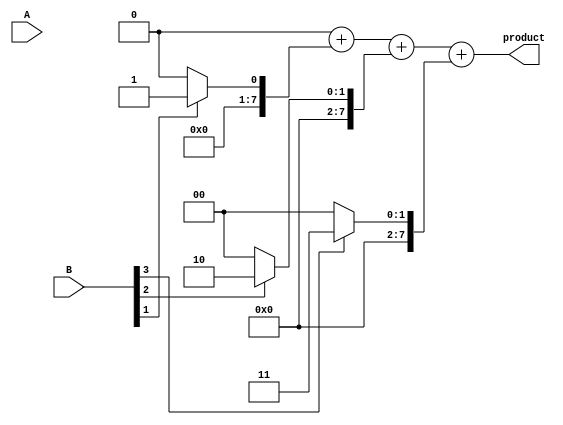
module radix2_multiplier #(parameter N = 4) (
    input  wire [N-1:0] A,         // Multiplicand
    input  wire [N-1:0] B,         // Multiplier
    output wire [2*N-1:0] product   // Product output
);

    reg [2*N-1:0] partial_products [(N-1):0];
    reg [2*N-1:0] sum [N-1:0];
    integer i, j;
    
    // Generate Partial Products
    always @(*) begin
        for (i = 0; i < N; i = i + 1) begin
            if (B[i] == 1'b1) begin
                partial_products[i] = {A, i}; // Shift A to the left by i
            end else begin
                partial_products[i] = {2*N{1'b0}}; // If B[i] is 0, all zeros
            end
        end
    end

    // Sum the Partial Products using an Addition Tree
    always @(*) begin
        // Initialize sums to zero
        for (j = 0; j < N; j = j + 1) begin
            sum[j] = {2*N{1'b0}};
        end
        
        // First level of summation
        for (i = 0; i < N; i = i + 1) begin
            sum[0] = sum[0] + partial_products[i];
        end
        
        // Second level of summation
        for (j = 1; j < N; j = j + 1) begin
            for (i = 0; i < N; i = i + 1) begin
                if (j + i < N) begin
                    sum[j] = sum[j] + partial_products[i];
                end
            end
        end
        
        // Final product output
        product = sum[0]; // Output the computed sum at the last stage
    end

endmodule